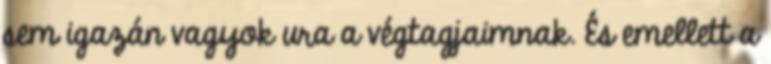
sem igazán vagyok ura a végtagjaimnak. És emellett a